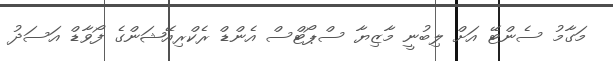
މަގާމު ސެންޓޭ އަށް ލިބުނީ މާޒިޔާ ސްޕޯޓްސް އެންޑް ރެކްރިއޭޝަންގެ ފޯވާޑް އަސަދު